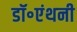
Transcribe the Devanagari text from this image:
डॉ॰एंथनी